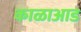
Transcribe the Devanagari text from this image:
काळाआड